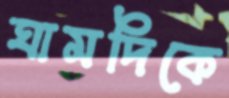
ঘামদিকে